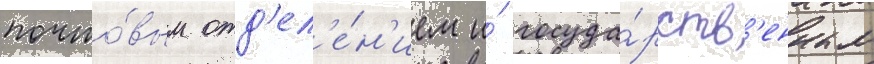
почто́вым отд'ел'е́н'ием и́ госуда́рств'енным